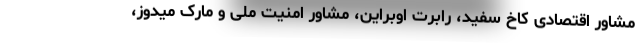
مشاور اقتصادی کاخ سفید، رابرت اوبراین، مشاور امنیت ملی و مارک میدوز،